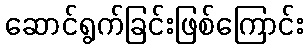
ဆောင်ရွက်ခြင်းဖြစ်ကြောင်း